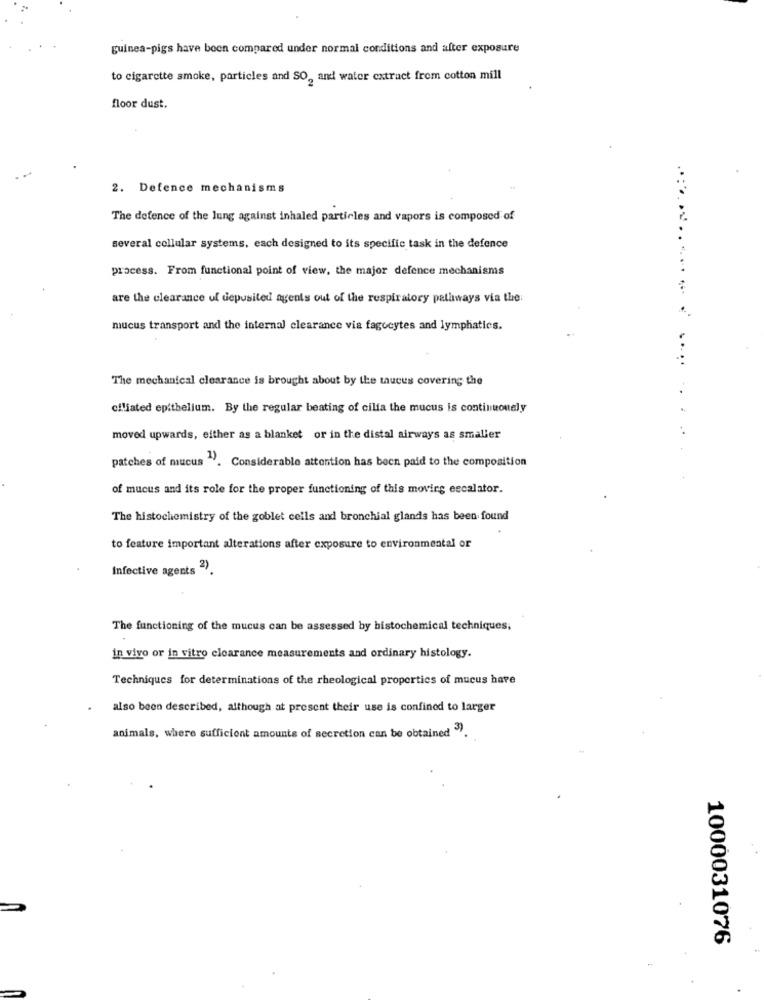
guinea-pigs have been compared under normal conditions and after exposure
to cigarette smoke, particles and SO, and water extract from cotton mill
floor dust.
2. Defence mechanisms
The defence of the lung against inhaled particles and vapors is composed of
several cellular systems, each designed to its specific task in the defence
process. From functional point of view, the major defence mechanisms
are the clearance uf deposited agents out of the respiratory pathways via the:
mucus transport and the internal clearance via fagocytes and lymphatics.
....
The mechanical clearance is brought about by the taucus covering the
ciliated epithelium. By the regular beating of cilia the mucus is continuously
moved upwards, either as a blanket or in the distal airways as smaller
patches of mucus ". Considerable attention has been paid to the composition
of mucus and its role for the proper functioning of this moving escalator.
The histochemistry of the goblet cells and bronchial glands has been found
to feature important alterations after exposure to environmental or
Infective agents 2)
The functioning of the mucus can be assessed by histochemical techniques,
in vivo or in vitro clearance measurements and ordinary histology.
Techniques for determinations of the rheological properties of mucus have
also been described, although at present their use is confined to larger
animals, where sufficient amounts of secretion can be obtained ").
1000031076
.